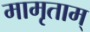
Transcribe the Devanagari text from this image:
मामृताम्‌